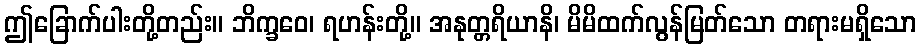
ဤခြောက်ပါးတို့တည်း။ ဘိက္ခဝေ၊ ရဟန်းတို့။ အနုတ္တရိယာနိ၊ မိမိထက်လွန်မြတ်သော တရားမရှိသော